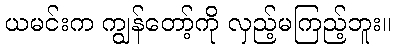
ယမင်းက ကျွန်တော့်ကို လှည့်မကြည့်ဘူး။